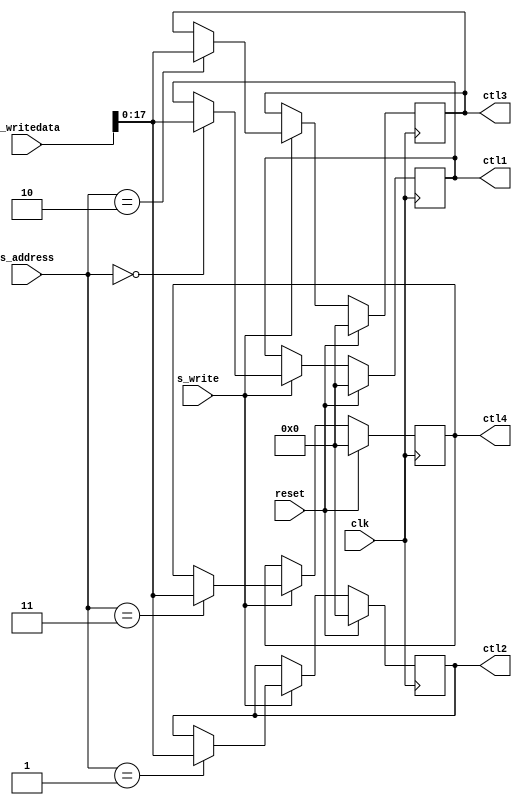
module wcsl_av(
	input wire clk,
	input wire reset,

	/* Avalon slave */
	input wire s_write,
	input wire [1:0] s_address,
	input wire [31:0] s_writedata,

	/* Externals */
	output reg [0:17] ctl1,
	output reg [0:17] ctl2,
	output reg [0:17] ctl3,
	output reg [0:17] ctl4
);

	always @(posedge clk) begin
		if(reset) begin
			ctl1 <= 0;
			ctl2 <= 0;
			ctl3 <= 0;
			ctl4 <= 0;
		end else begin
			if(s_write) case(s_address)
			2'b00: ctl1 <= s_writedata;
			2'b01: ctl2 <= s_writedata;
			2'b10: ctl3 <= s_writedata;
			2'b11: ctl4 <= s_writedata;
			endcase
		end
	end
endmodule